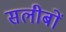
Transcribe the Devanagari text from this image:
सलीबों